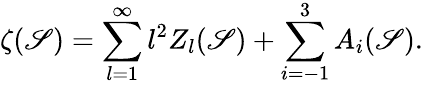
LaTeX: \zeta(\mathscr{S})=\sum_{l=1}^{\infty}l^{2}Z_{l}(\mathscr{S})+\sum_{i=-1}^{3}A_{i}(\mathscr{S}).